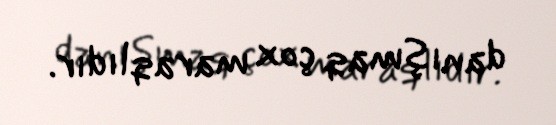
danışmaq çox maraqlıdır.